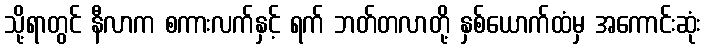
သို့ရာတွင် နီလာက စကားလက်နှင့် ရက် ဘတ်တလာတို့ နှစ်ယောက်ထံမှ အကောင်းဆုံး